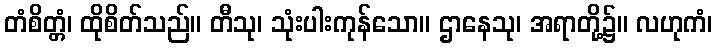
တံစိတ္တံ၊ ထိုစိတ်သည်။ တီသု၊ သုံးပါးကုန်သော။ ဌာနေသု၊ အရာတို့၌။ လဟုကံ၊